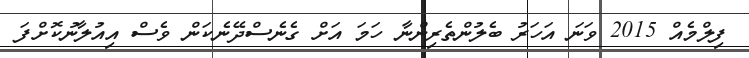
ފިލްމެއް 2015 ވަނަ އަހަރު ބެލުންތެރިންނާ ހަމަ އަށް ގެނެސްދޭނެކަން ވެސް އިއުލާނުކޮށްފަ